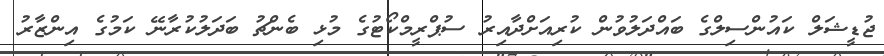
ޖުޑީޝަލް ކައުންސިލްގެ ބައްދަލުވުން ކުރިއަށްދާއިރު ސުޕްރީމްކޯޓުގެ މުޅި ބެންޗު ބަދަލުކުރާނޭ ކަމުގެ އިންޒާރު